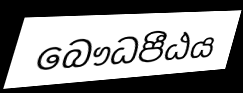
බෞධපීඨය